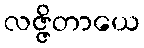
လဇ္ဇိတာယေ